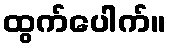
ထွက်ပေါက်။